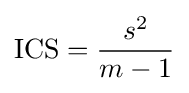
\mathrm {ICS} ={\frac {s^{2}}{m-1}}